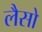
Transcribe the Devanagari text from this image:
लैसो